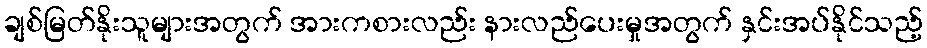
ချစ်မြတ်နိုးသူများအတွက် အားကစားလည်း နားလည်ပေးမှုအတွက် နှင်းအပ်နိုင်သည့်